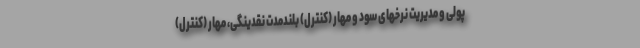
پولی و مدیریت نرخهای سود و مهار (کنترل) بلندمدت نقدینگی، مهار (کنترل)